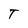
Character: T